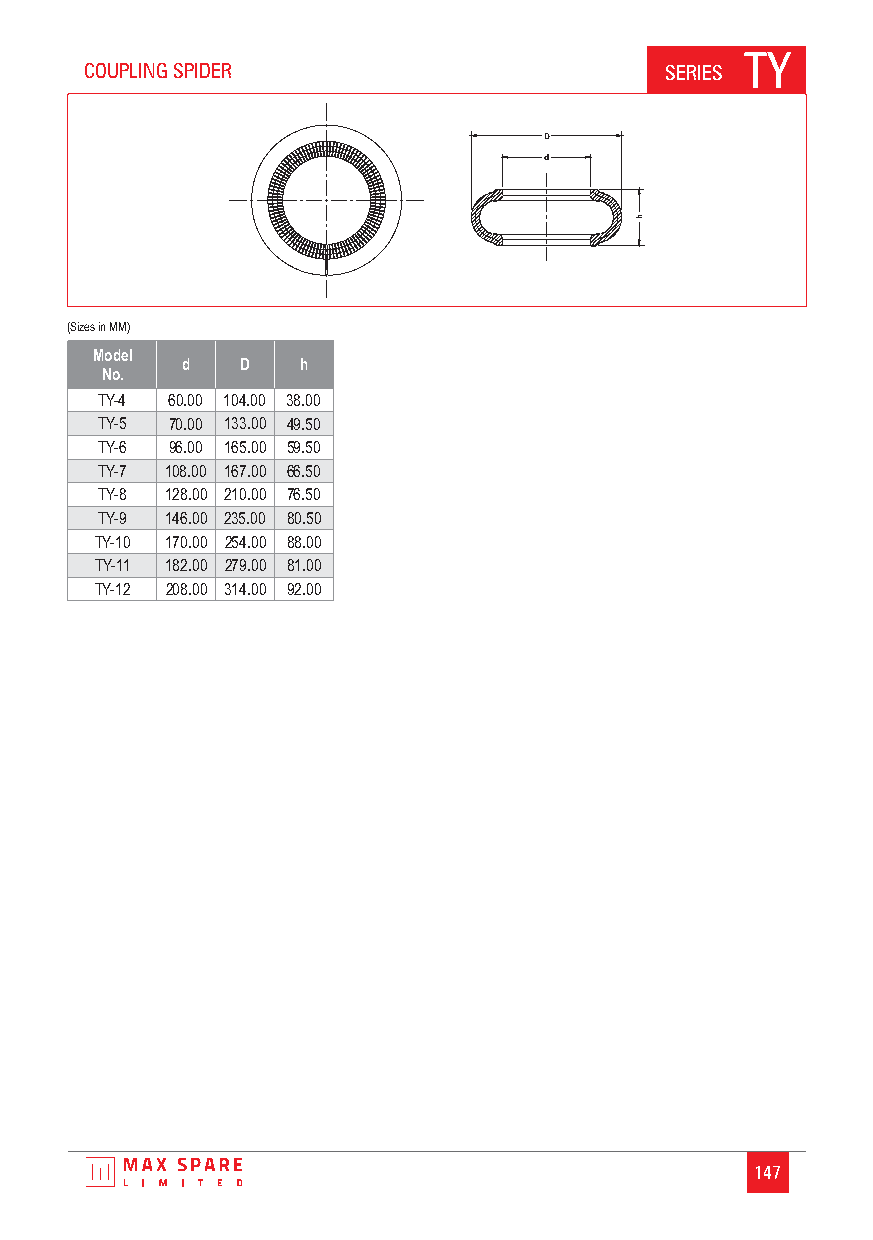
TY
 COUPLING SPIDER                       SERIES
 D
 d
 h
 (Sizes in MM)
 Model
 d   D   h
 No.
 TY-4 60.00 104.00 38.00
 TY-5 70.00 133.00 49.50
 TY-6 96.00 165.00 59.50
 TY-7 108.00 167.00 66.50
 TY-8 128.00 210.00 76.50
 TY-9 146.00 235.00 80.50
 TY-10 170.00 254.00 88.00
 TY-11 182.00 279.00 81.00
 TY-12 208.00 314.00 92.00
 147